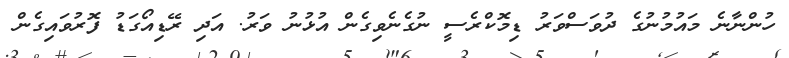
ހުންނާނެ މައުމުނުގެ ދުވަސްވަރު ޑިމޮކްރެސީ ނުގެނެވިގެން އުޅުނު ވަރު. އަދި ރޭޑިއޯގަޑު ފޮރުވައިގެން